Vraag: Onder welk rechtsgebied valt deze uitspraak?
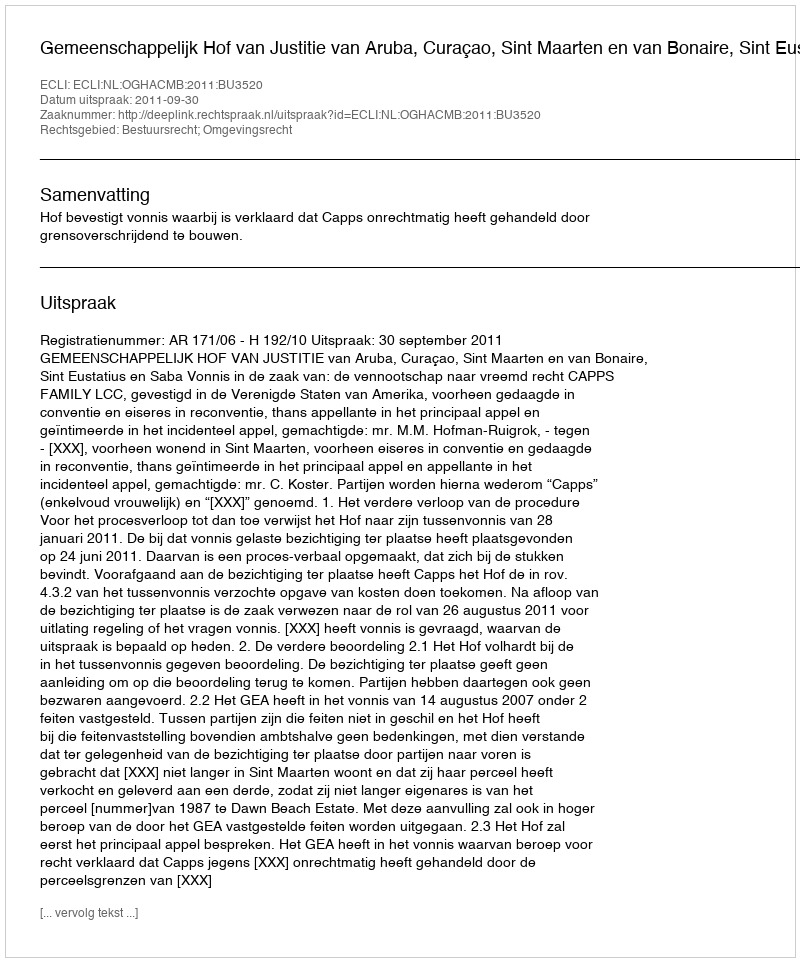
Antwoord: Bestuursrecht; Omgevingsrecht